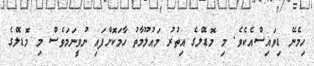
ހިމެނޭ ޑިވައިސްއެކެވެ. މި މޮޑެލްގެ އިތުރު މައުލޫމާތު ހާމަކޮށްފައި ނުވީނަމަވެސް މި މޮޑެލްގެ